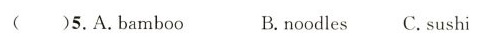
( )5.A.bamboo B.noodles C. sushi